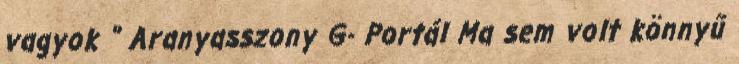
vagyok " Aranyasszony G- Portál Ma sem volt könnyű